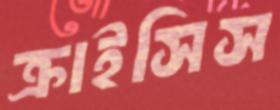
ক্রাইসিস